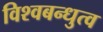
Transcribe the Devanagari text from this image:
विश्वबन्धुत्व